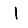
Digit: 1